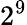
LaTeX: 2^{9}